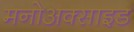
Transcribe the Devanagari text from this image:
मनोअक्‍साइड